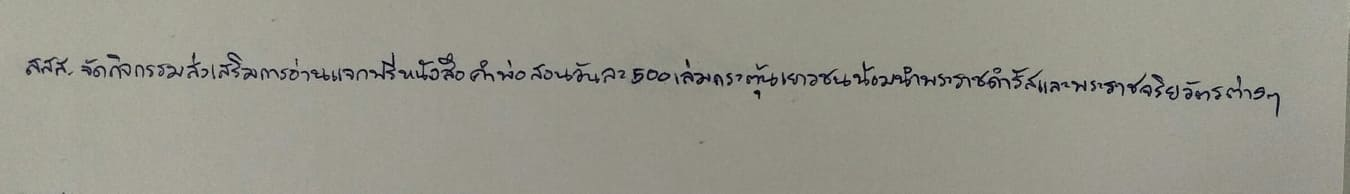
สสส.จัดกิจกรรมส่งเสริมการอ่านแจกฟรีหนังสือคำพ่อสอนวันละ500เล่มกระตุ้นเยาวชนน้อมนำพระราชดำรัสและพระราชจริยวัตรต่างๆ